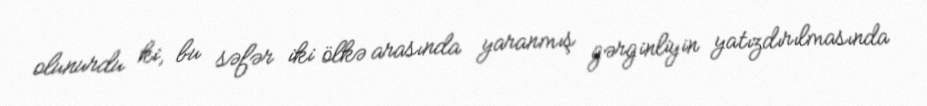
olunurdu ki, bu səfər iki ölkə arasında yaranmış gərginliyin yatızdırılmasında